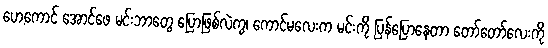
ဟေ့ကောင် အောင်ဖေ မင်းဘာတွေ ပြောဖြစ်လဲကွ၊ ကောင်မလေးက မင်းကို ပြန်ပြောနေတာ တော်တော်လေးကို